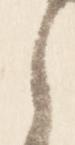
之